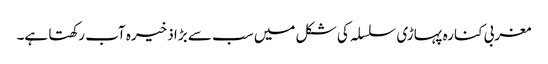
مغربی کنارہ پہاڑی سلسلہ کی شکل میں سب سے بڑا ذخیرہ آب رکھتا ہے۔